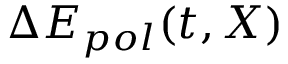
\Delta E _ { p o l } ( t , \boldsymbol { X } )